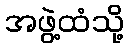
အဖွဲ့ထံသို့